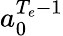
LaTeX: a_{0}^{{T_{e}}-1}